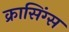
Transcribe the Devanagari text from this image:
क्रासिंग्स